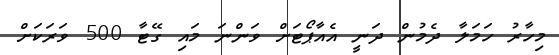
މިހާރު ހަމަލާ ދެމުން ދަނީ އެއާޕޯޓަށް ވަންނަ މައި ގޭޓާ 500 ވަރަކަށް